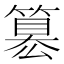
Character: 簒